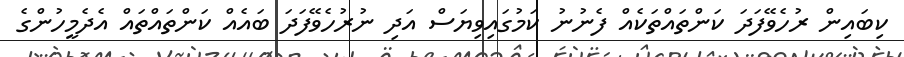
ކިބައިން ރުހެވޭފަދަ ކަންތައްތަކެއް ފެނުނު ކަމުގައިވިޔަސް އަދި ނުރުހެވޭފަދަ ބައެއް ކަންތައްތައް އެދެމީހުންގެ